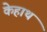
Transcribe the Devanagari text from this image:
केहाथ